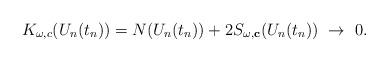
LaTeX: \begin{align*}K_{\omega,c}(U_n(t_n))=N(U_n(t_n))+2S_{\omega,\mathbf{c}}(U_n(t_n))\ \rightarrow\ 0. \end{align*}